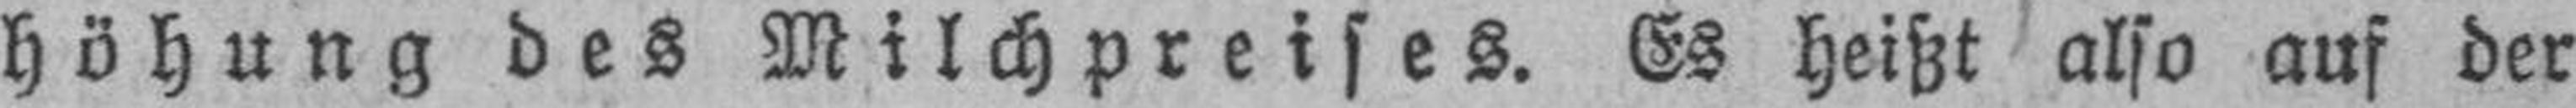
höhung des Milchpreises. Es heißt also auf der